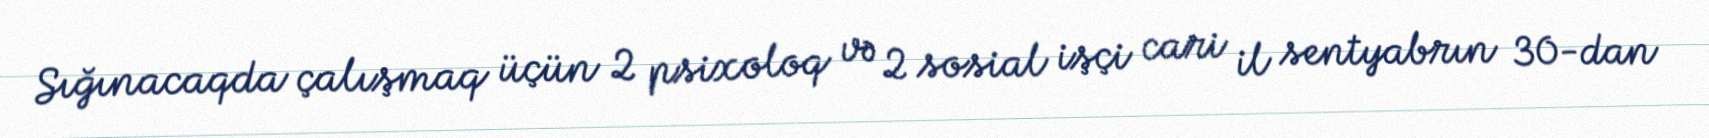
Sığınacaqda çalışmaq üçün 2 psixoloq və 2 sosial işçi cari il sentyabrın 30-dan